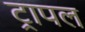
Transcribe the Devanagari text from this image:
ट्रापल